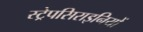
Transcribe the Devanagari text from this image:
स्ट्रेपसिराइनियों